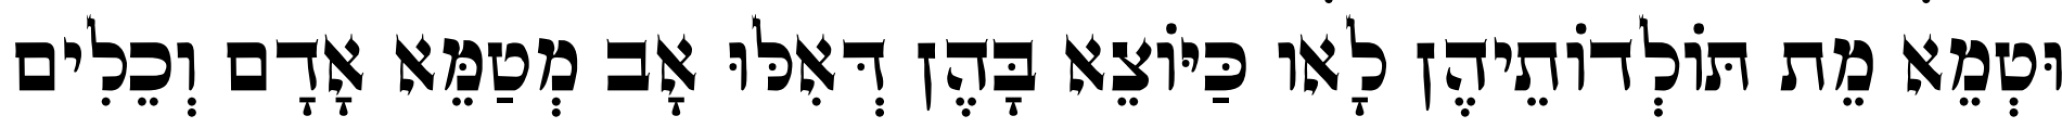
וּטְמֵא מֵת תּוֹלְדוֹתֵיהֶן לָאו כַּיּוֹצֵא בָּהֶן דְּאִלּוּ אָב מְטַמֵּא אָדָם וְכֵלִים